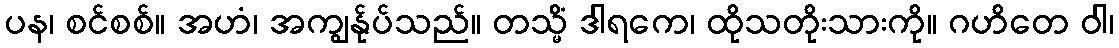
ပန၊ စင်စစ်။ အဟံ၊ အကျွန်ုပ်သည်။ တသ္မိံ ဒါရကေ၊ ထိုသတိုးသားကို။ ဂဟိတေ ဝါ၊